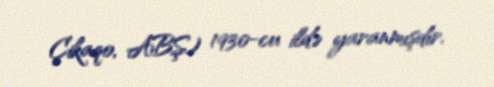
Çikaqo, ABŞ) 1930-cu ildə yaranmışdır.